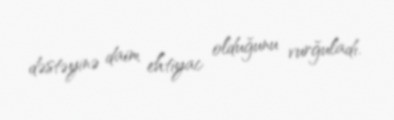
dəstəyinə daim ehtiyac olduğunu vurğuladı.